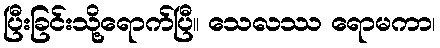
ပြီးခြင်းသို့ရောက်ပြီ။ သေလဿ ရောမကာ၊